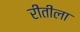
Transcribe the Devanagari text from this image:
रीतीला